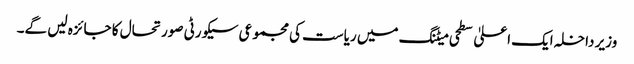
وزیر داخلہ ایک اعلیٰ سطحی میٹنگ میں ریاست کی مجموعی سیکورٹی صورتحال کا جائزہ لیں گے۔